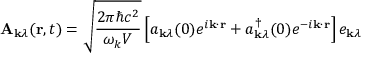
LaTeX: \mathbf { A } _ { \mathbf { k } \lambda } ( \mathbf { r } , t ) = { \sqrt { \frac { 2 \pi \hbar c ^ { 2 } } { \omega _ { k } V } } } \left[ a _ { \mathbf { k } \lambda } ( 0 ) e ^ { i \mathbf { k } \cdot \mathbf { r } } + a _ { \mathbf { k } \lambda } ^ { \dagger } ( 0 ) e ^ { - i \mathbf { k } \cdot \mathbf { r } } \right] e _ { \mathbf { k } \lambda }